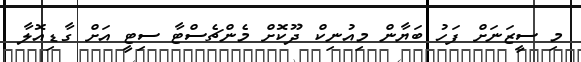
މި ސީޒަނަށް ފަހު ބަޔާން މިއުނިކް ދޫކޮށް މެންޗެސްޓާ ސިޓީ އަށް ގާޑިއޮލާ